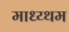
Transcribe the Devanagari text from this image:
माध्य्थम